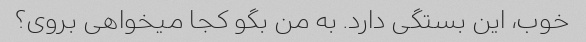
خوب، این بستگی دارد. به من بگو کجا میخواهی بروی؟